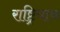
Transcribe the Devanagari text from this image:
राष्ट्रियाय